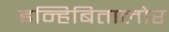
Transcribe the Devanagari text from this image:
इन्हिबितालोर